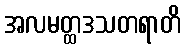
အလမတ္ထဒသတရာတိ